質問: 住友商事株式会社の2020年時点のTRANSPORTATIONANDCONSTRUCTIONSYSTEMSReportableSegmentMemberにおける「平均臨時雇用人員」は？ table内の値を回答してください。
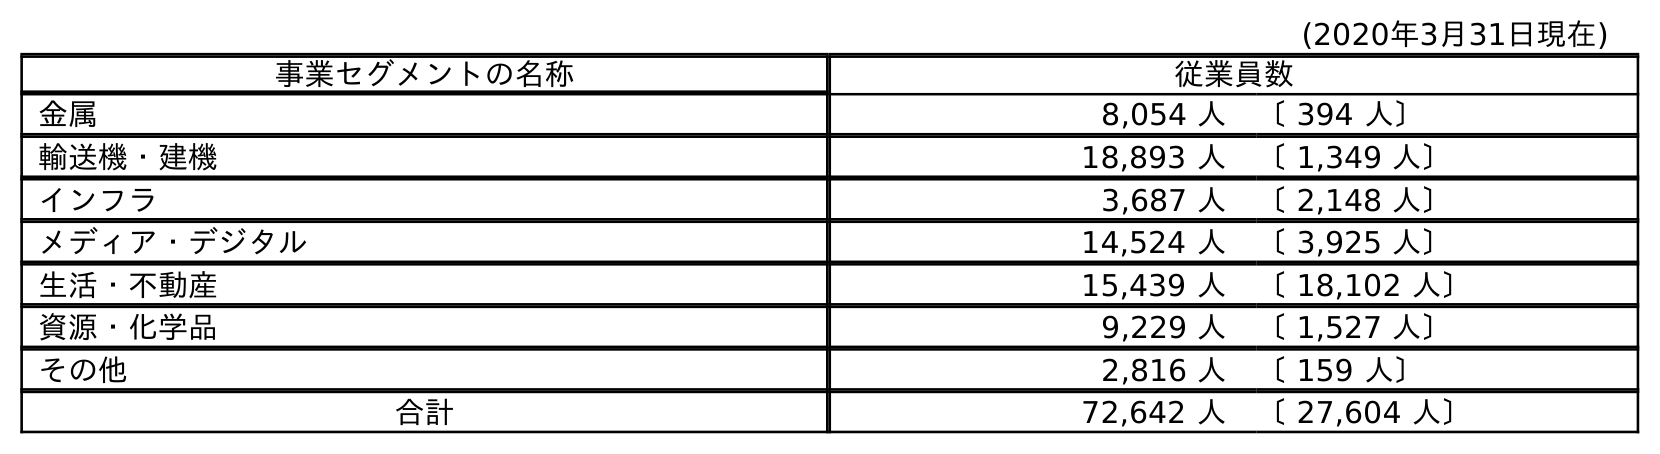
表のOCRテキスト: (2020年3月31日現在) 事業セグメントの名称 従業員数 金属 8,054 人 〔 394 人〕 輸送機・建機 18,893 人 〔 1,349 人〕 インフラ 3,687 人 〔 2,148 人〕 メディア・デジタル 14,524 人 〔 3,925 人〕 生活・不動産 15,439 人 〔 18,102 人〕 資源・化学品 9,229 人 〔 1,527 人〕 その他 2,816 人 〔 159 人〕 合計 72,642 人 〔 27,604 人〕
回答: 〔1,349人〕